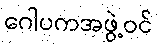
ဂေါပကအဖွဲ့ဝင်